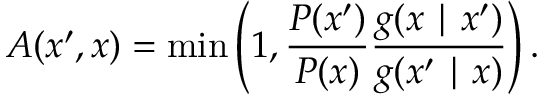
A ( x ^ { \prime } , x ) = \operatorname* { m i n } \left( 1 , { \frac { P ( x ^ { \prime } ) } { P ( x ) } } { \frac { g ( x \mid x ^ { \prime } ) } { g ( x ^ { \prime } \mid x ) } } \right) .